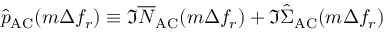
\hat { p } _ { \mathrm { A C } } ( m \Delta f _ { r } ) \equiv \Im \overline { N } _ { \mathrm { A C } } ( m \Delta f _ { r } ) + \Im \hat { \Sigma } _ { \mathrm { A C } } ( m \Delta f _ { r } )